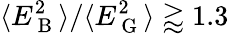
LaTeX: \langle E_{\mathrm{~B~}}^{2}\rangle/\langle E_{\mathrm{~G~}}^{2}\rangle\gtrapprox 1.3